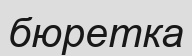
бюретка